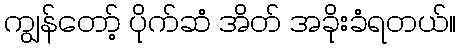
ကျွန်တော့် ပိုက်ဆံ အိတ် အခိုးခံရတယ်။